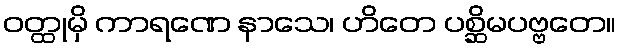
ဝတ္ထုမှိ ကာရဏေ နာသေ၊ ဟိတေ ပစ္ဆိမပဗ္ဗတေ။